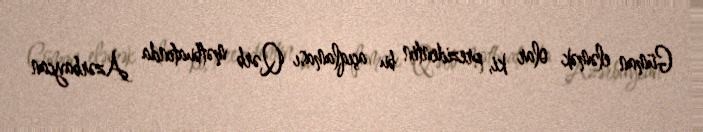
Güman eləmək olar ki, prezidentin bu açıqlaması Qərb mətbuatında Azərbaycan